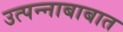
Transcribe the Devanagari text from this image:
उत्पन्नाबाबात